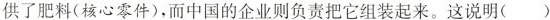
供了肥料(核心零件)，而中国的企业则负责把它组装起来。这说明( )